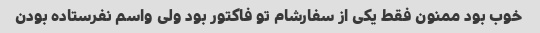
خوب بود ممنون فقط یکی از سفارشام تو فاکتور بود ولی واسم نفرستاده بودن